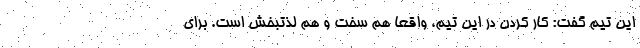
این تیم گفت: کار کردن در این تیم، واقعاً هم سخت و هم لذتبخش است. برای